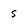
Character: s